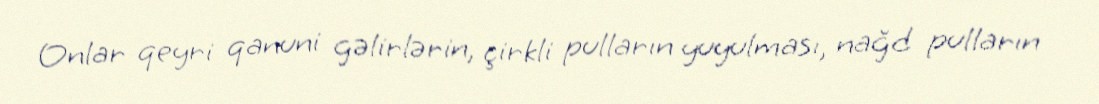
Onlar qeyri qanuni gəlirlərin, çirkli pulların yuyulması, nağd pulların